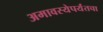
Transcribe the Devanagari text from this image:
अमावस्येपर्यंतचा